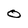
Character: 0